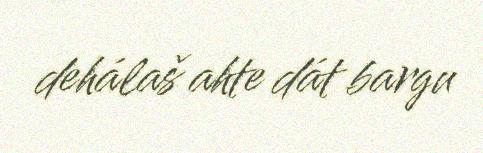
dehálaš ahte dát bargu